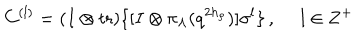
LaTeX: C ^ { ( l ) } = ( I \otimes \mathrm { t r } ) \{ [ I \otimes \pi _ { \Lambda } ( q ^ { 2 h _ { \rho } } ) ] \sigma ^ { l } \} \, , ~ ~ l \in { \bf Z } ^ { + }